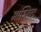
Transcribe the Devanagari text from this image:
मास्ट्रिक्ट